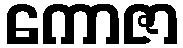
ကောဇာ